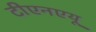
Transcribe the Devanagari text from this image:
टीएनएयू